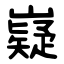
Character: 嶷